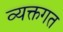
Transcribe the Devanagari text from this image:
व्यक्तगत